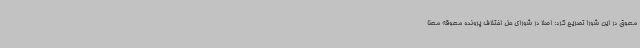
معوق در این شورا تصریح کرد: اصلا در شورای حل اختلاف پرونده معوقه معنا